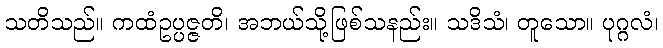
သတိသည်။ ကထံဥပ္ပဇ္ဇတိ၊ အဘယ်သို့ဖြစ်သနည်း။ သဒိသံ၊ တူသော။ ပုဂ္ဂလံ၊